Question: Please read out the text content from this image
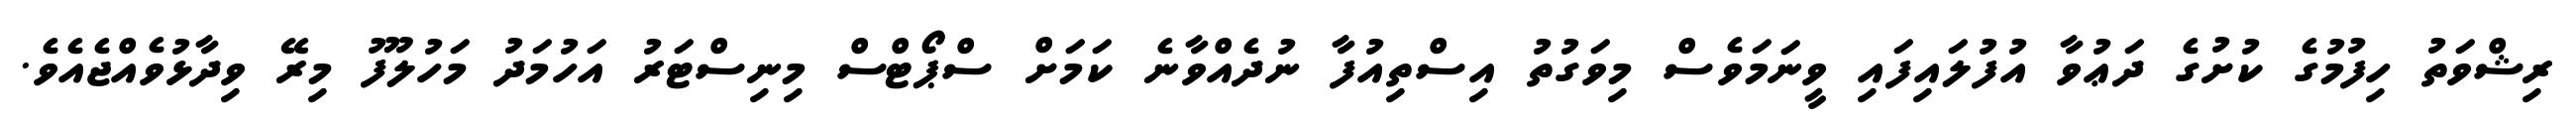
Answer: ރިޝްވަތު ހިފުމުގެ ކުށުގެ ދަޢުވާ އުފުލައިފައި ވީނަމަވެސް މިވަގުތު އިސްތިއުފާ ނުދެއްވާނެ ކަމަށް ސްޕޯޓްސް މިނިސްޓަރު އަހުމަދު މަހުލޫފު މިރޭ ވިދާޅުވެއްޖެއެވެ.